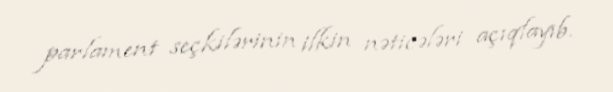
parlament seçkilərinin ilkin nəticələri açıqlayıb.